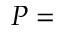
P =